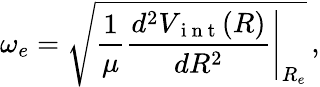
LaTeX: \omega_{e}=\sqrt{\frac{1}{\mu}\left.\frac{d^{2}V_{\mathrm{~i~n~t~}}(R)}{dR^{2}}\right|_{R_{e}}}\, ,